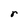
Character: r